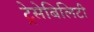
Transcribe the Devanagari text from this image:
ट्रेसेबिलिटी